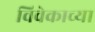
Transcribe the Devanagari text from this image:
विवेकाच्या